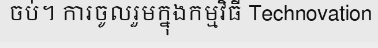
ចប់។ ការចូលរួមក្នុងកម្មវិធី Technovation